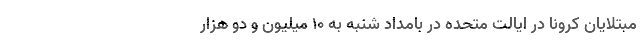
مبتلایان کرونا در ایالت متحده در بامداد شنبه به ۱۰ میلیون و دو هزار